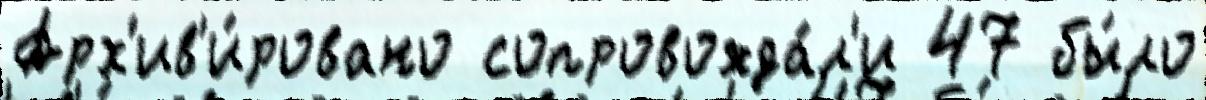
Арх'ив'и́ровано сопровожда́л'и 47 бы́ло